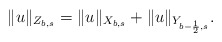
\begin{align*} \|u\|_{Z_{b,s}}= \|u\|_{X_{b,s}}+ \|u\|_{Y_{b-\frac{1}{2},s}}.\end{align*}